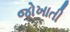
જોખાતી